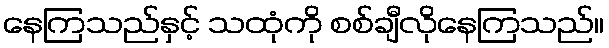
နေကြသည်နှင့် သထုံကို စစ်ချီလိုနေကြသည်။